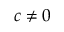
c \neq 0